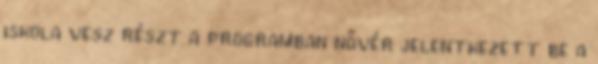
iskola vesz részt a programban nővér jelentkezett be a